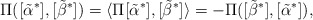
\begin{align*}\Pi([\tilde{\alpha}^*],[\tilde{\beta}^*])= \langle \Pi[\tilde{\alpha}^*] , [\tilde{\beta}^*] \rangle= - \Pi([\tilde{\beta}^*],[\tilde{\alpha}^*]) ,\end{align*}